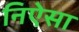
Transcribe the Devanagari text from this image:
निऐसा